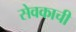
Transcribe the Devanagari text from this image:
सेवकाची